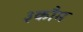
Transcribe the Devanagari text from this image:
३कौम